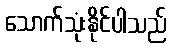
သောက်သုံးနိုင်ပါသည်